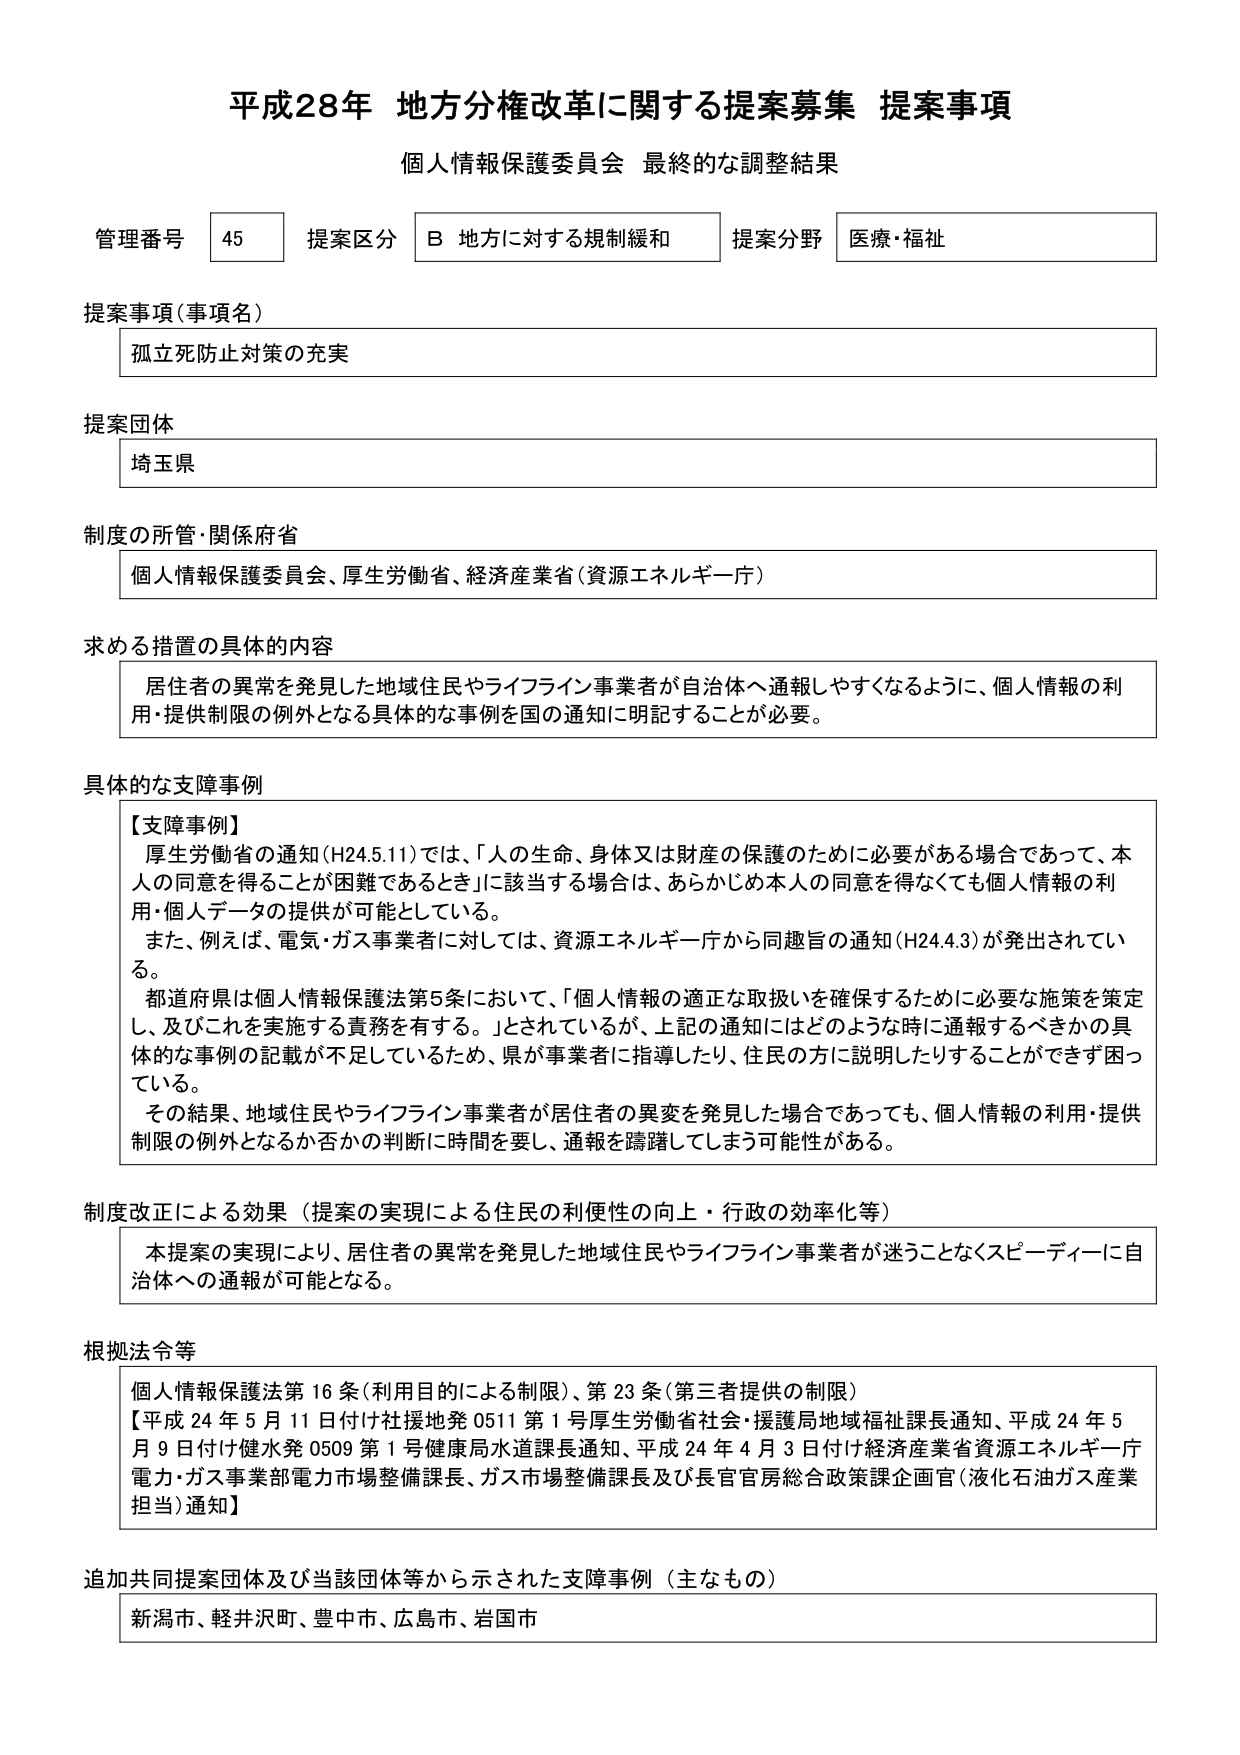
平成28年 地方分権改革に関する提案募集 提案事項
個人情報保護委員会 最終的な調整結果

管理番号 45 提案区分 B 地方に対する規制緩和 提案分野 医療・福祉

提案事項（事項名）
孤立死防止対策の充実

提案団体
埼玉県

制度の所管・関係府省
個人情報保護委員会、厚生労働省、経済産業省（資源エネルギー庁）

求める措置の具体的内容
居住者の異常を発見した地域住民やライフライン事業者が自治体へ通報しやすくなるように、個人情報の利用・提供制限の例外となる具体的な事例を国の通知に明記することが必要。

具体的な支障事例
【支障事例】
厚生労働省の通知（H24.5.11）では、「人の生命、身体又は財産の保護のために必要がある場合であって、本人の同意を得ることが困難であるとき」に該当する場合は、あらかじめ本人の同意を得なくても個人情報の利用・個人データの提供が可能としている。
また、例えば、電気・ガス事業者に対しては、資源エネルギー庁から同趣旨の通知（H24.4.3）が発出されている。
都道府県は個人情報保護法第5条において、「個人情報の適正な取扱いを確保するために必要な施策を策定し、及びこれを実施する責務を有する。」とされているが、上記の通知にはどのような時に通報するべきかの具体的な事例の記載が不足しているため、県が事業者に指導したり、住民の方に説明したりすることができず困っている。
その結果、地域住民やライフライン事業者が居住者の異変を発見した場合であっても、個人情報の利用・提供制限の例外となるか否かの判断に時間を要し、通報を躊躇してしまう可能性がある。

制度改正による効果（提案の実現による住民の利便性の向上・行政の効率化等）
本提案の実現により、居住者の異常を発見した地域住民やライフライン事業者が迷うことなくスピーディーに自治体への通報が可能となる。

根拠法令等
個人情報保護法第16条（利用目的による制限）、第23条（第三者提供の制限）
【平成24年5月11日付け社援地発0511第1号厚生労働省社会・援護局地域福祉課長通知、平成24年5月9日付け健水発0509第1号健康局水道課長通知、平成24年4月3日付け経済産業省資源エネルギー庁電力・ガス事業部電力市場整備課長、ガス市場整備課長及び長官官房総合政策課企画官（液化石油ガス産業担当）通知】

追加共同提案団体及び当該団体等から示された支障事例（主なもの）
新潟市、軽井沢町、豊中市、広島市、岩国市